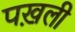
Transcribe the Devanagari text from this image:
पख़ली